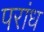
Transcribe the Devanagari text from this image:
परांध